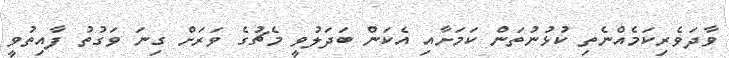
ވާދަވެރިކަމެއްނެތި ކުޅުނުތަން ކަމަށާއި އެކަން ބަދަލުވީ މެޗުގެ ވަރަށް ގިނަ ވަގުތު ފާއިތުވީ